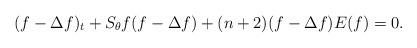
LaTeX: \begin{align*}(f-\Delta f)_t+S_\theta f(f-\Delta f)+(n+2)(f-\Delta f)E(f)=0.\end{align*}